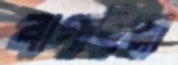
বাগাইয়া